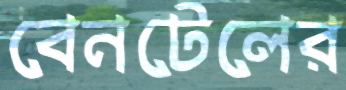
বেনটেলের